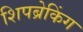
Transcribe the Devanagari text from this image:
शिपब्रेकिंग